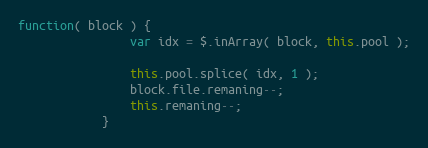
Language: JavaScript
function( block ) {
                var idx = $.inArray( block, this.pool );

                this.pool.splice( idx, 1 );
                block.file.remaning--;
                this.remaning--;
            }